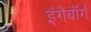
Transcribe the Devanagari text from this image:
इंगेबॉर्ग